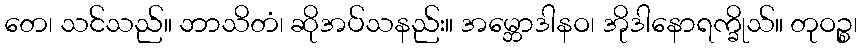
တေ၊ သင်သည်။ ဘာသိတံ၊ ဆိုအပ်သနည်း။ အမ္ဘောဒါနဝ၊ အိုဒါနောရက္ခိုသ်။ တုဝဉ္စ၊